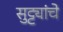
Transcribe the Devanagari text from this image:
सुट्ट्यांचे